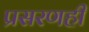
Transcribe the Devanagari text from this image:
प्रसरणही